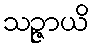
သဉ္ဇာယိ